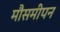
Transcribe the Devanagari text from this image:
मौसमीपन